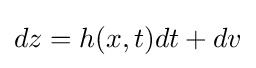
dz=h(x,t)dt+dv